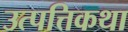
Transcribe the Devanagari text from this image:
उत्पत्तिकथा